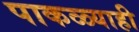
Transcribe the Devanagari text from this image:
पाकळ्याही